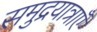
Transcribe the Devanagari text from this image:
समुद्रयात्राएँ